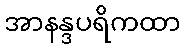
အာနန္ဒပရိကထာ